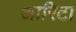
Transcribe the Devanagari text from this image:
आरिटा